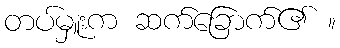
တပ်မှူးက ဆက်ခြောက်၏ ။